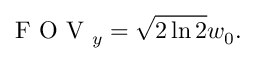
\ensuremath { \mathrm { ~ F ~ O ~ V ~ } } _ { y } = \sqrt { 2 \ln 2 } w _ { 0 } .